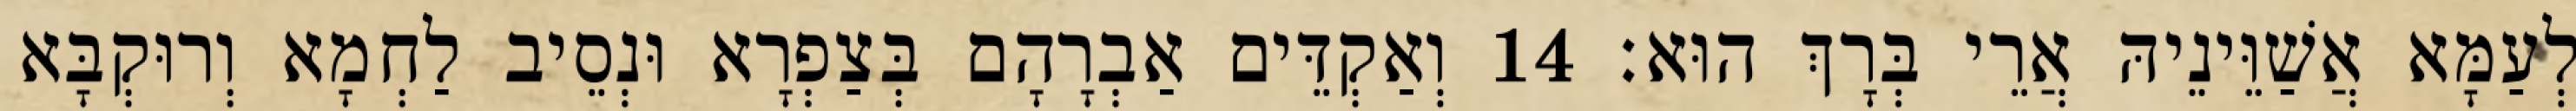
לְעַמָּא אֲשַׁוֵּינֵיהּ אֲרֵי בְּרָךְ הוּא׃ 14 וְאַקְדֵּים אַבְרָהָם בְּצַפְרָא וּנְסֵיב לַחְמָא וְרוּקְבָּא